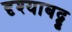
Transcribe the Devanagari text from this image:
दृश्याबद्द्ल